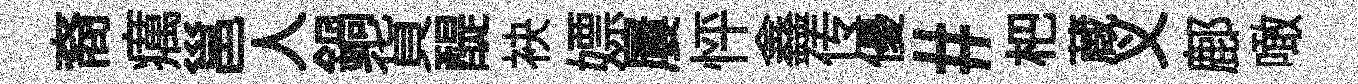
裔癘邕人鍋貨醍袂嫖屢怦鑫传優#杷蔵义鄜噉